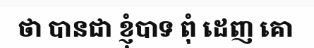
ថា បានជា ខ្ញុំបាទ ពុំ ដេញ គោ